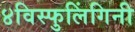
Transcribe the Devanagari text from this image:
४विस्फुलिंगिनी